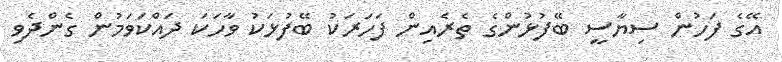
އޭގެ ފަހުން ސިޔާސީ ބޭފުޅުންގެ ތެރެއިން ފަހަރަކު ބޭފުޅަކު ވާހަކަ ދައްކަވަމުން ގެންދެވި